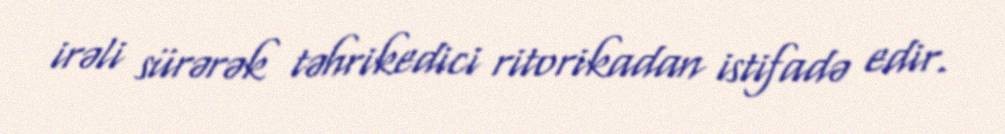
irəli sürərək təhrikedici ritorikadan istifadə edir.